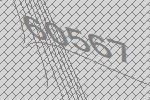
60567